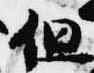
但